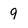
Character: 9